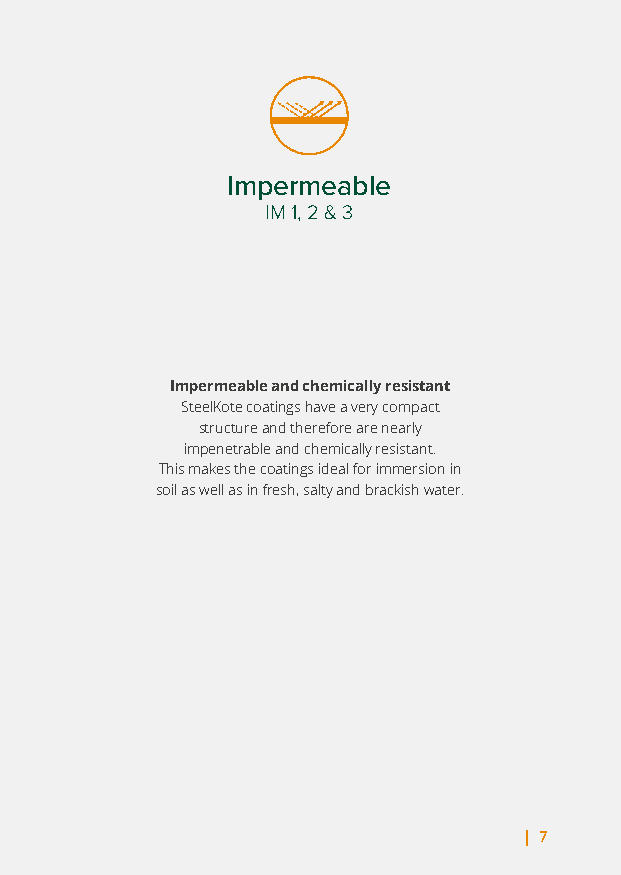
Impermeable
 IM 1, 2 & 3
 Impermeable and chemically resistant
 SteelKote coatings have a very compact
 structure and therefore are nearly
 impenetrable and chemically resistant.
 This makes the coatings ideal for immersion in
 soil as well as in fresh, salty and brackish water.
 | 7